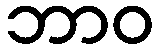
ဘာဝ